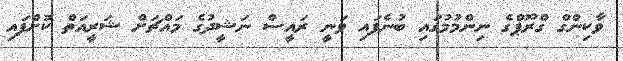
ވާކިންގް ގްރޫޕްގެ ނިންމުމުގައި ބުނެފައި ވަނީ ރައީސް ނަޝީދުގެ މައްޗަށް ޝަރީއަތް ކޮށްފައި